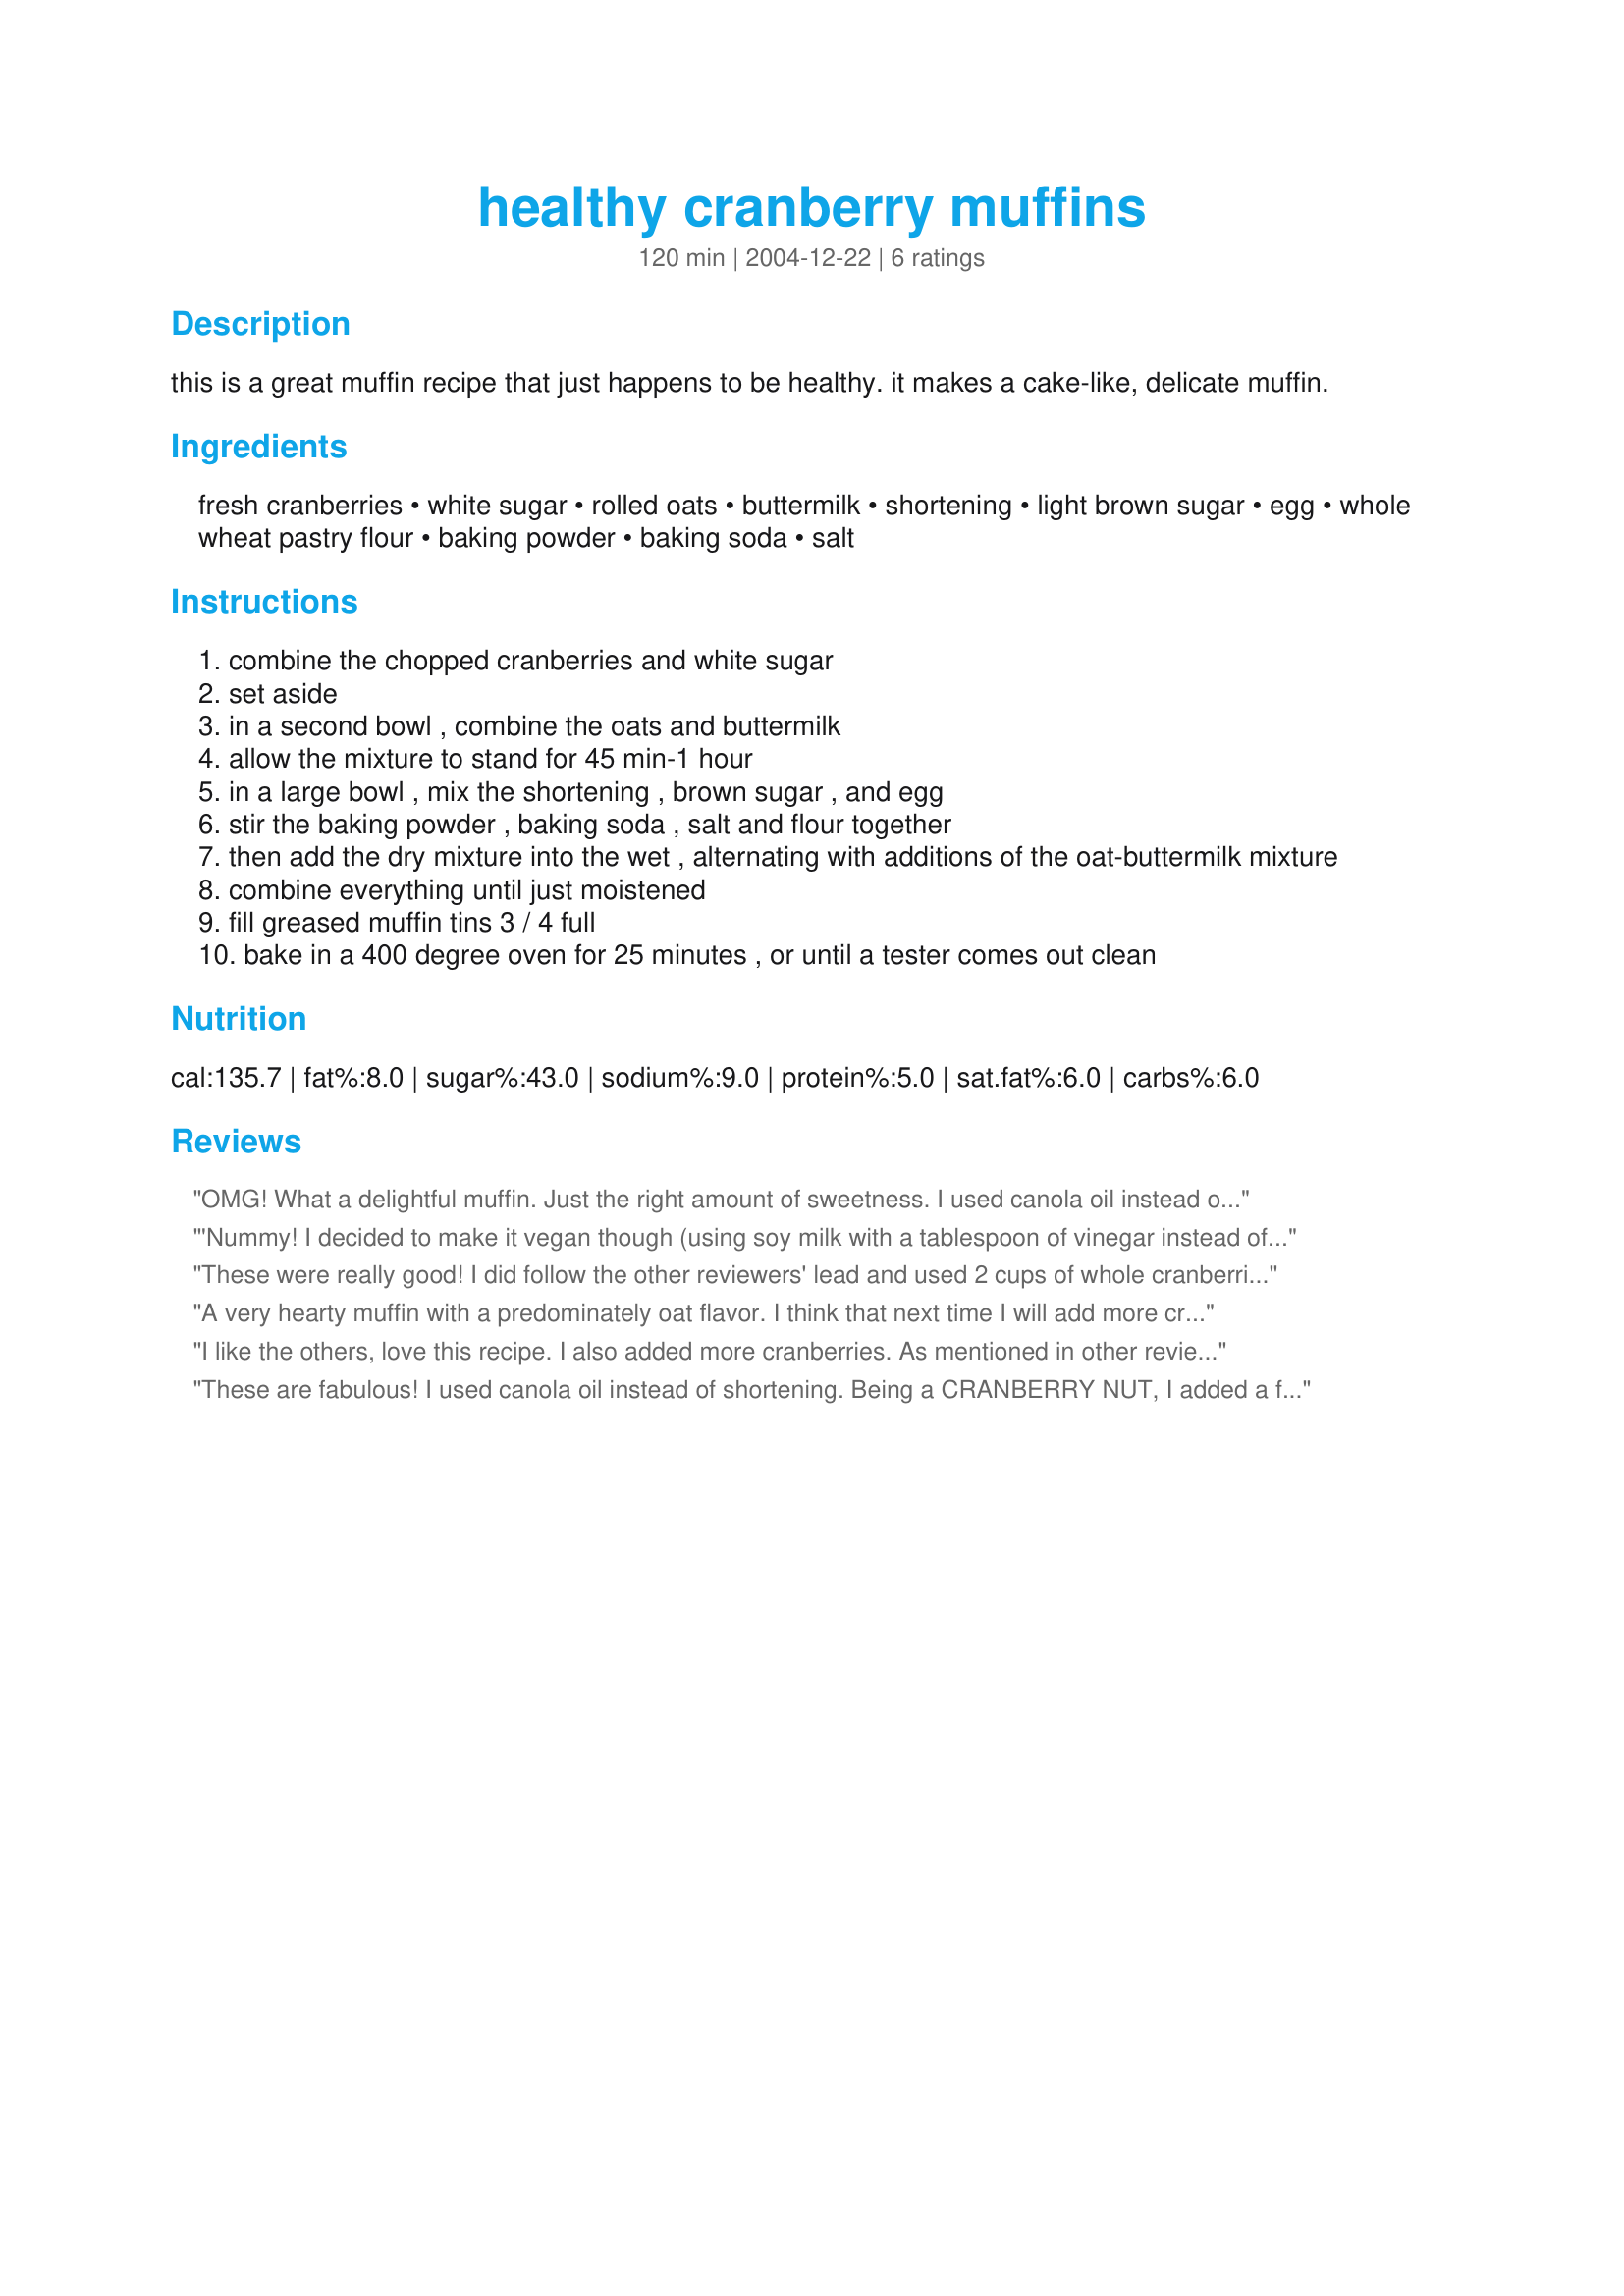
healthy cranberry muffins
Preparation time: 120 minutes

this is a great muffin recipe that just happens to be healthy. it makes a cake-like, delicate muffin.

Ingredients:
fresh cranberries, white sugar, rolled oats, buttermilk, shortening, light brown sugar, egg, whole wheat pastry flour, baking powder, baking soda, salt

Steps:
combine the chopped cranberries and white sugar
set aside
in a second bowl , combine the oats and buttermilk
allow the mixture to stand for 45 min-1 hour
in a large bowl , mix the shortening , brown sugar , and egg
stir the baking powder , baking soda , salt and flour together
then add the dry mixture into the wet , alternating with additions of the oat-buttermilk mixture
combine everything until just moistened
fill greased muffin tins 3 / 4 full
bake in a 400 degree oven for 25 minutes , or until a tester comes out clean

Reviews:
OMG! What a delightful muffin. Just the right amount of sweetness. I used canola oil instead of shortening (no trans fats allowed in my kitchen) and I added a teaspoon of almond extract. Next time I make these I will probably add some chopped and toasted walnuts. Definitely a keeper.
'Nummy! I decided to make it vegan though (using soy milk with a tablespoon of vinegar instead of the buttermilk). I also used almost two cups of whole cranberries rather than chopped. It had a nice mild sweetness to it - which may have been added from the vanilla soy milk - but it was great none-the-less. Recommend them! :-)
These were really good! I did follow the other reviewers' lead and used 2 cups of whole cranberries. I also used Smart Balance regular tub margarine, added a tsp of vanilla, and saved some of the brown sugar to sprinkle on top, along with some walnuts. Tried them with and without, and they were definitely better with! Stirred in the cranberries after step 8 (they are missing from the directions). They had just the right sweetness for me, with a subtle oat flavor.
A very hearty muffin with a predominately oat flavor. I think that next time I will add more cranberries and leave them whole. I also think that walnut pieces would be a very good addition. Since this muffin is not particularly sweet, I would not serve it as part of an assortment of muffins; but it would be wonderful with scrambled eggs or with a morning tea (or coffee) break.
I like the others, love this recipe. I also added more cranberries. As mentioned in other reviews, I also added vanilla and substituted a canola extra virgin olive oil blend (something new I found) for the shortening and also added the walnuts. It is a wonderful healthy snack. It is a great recipe!
These are fabulous! <br/><br/>I used canola oil instead of shortening. Being a CRANBERRY NUT, I added a full bag (2 cups) of whole cranberries. It was a wonderful combination of sweet and tart.
